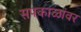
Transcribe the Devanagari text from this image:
सपकाळांवर